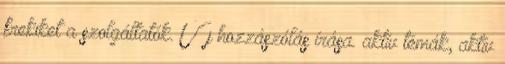
frekiket a szolgáltatók. Új hozzászólás írása. aktív témák, aktív